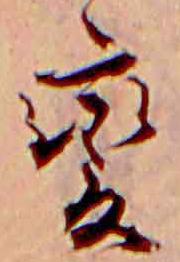
変